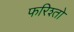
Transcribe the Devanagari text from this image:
फरिश्तो